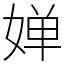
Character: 婵